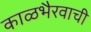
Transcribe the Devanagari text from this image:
काळभैरवाची